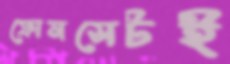
ফোনসেটই